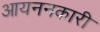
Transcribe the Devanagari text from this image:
आयननकारी